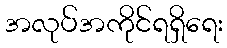
အလုပ်အကိုင်ရရှိရေး